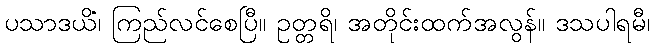
ပသာဒယိံ၊ ကြည်လင်စေပြီ။ ဥတ္တရိ၊ အတိုင်းထက်အလွန်။ ဒသပါရမီ၊